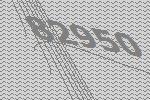
82950